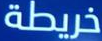
خريطة